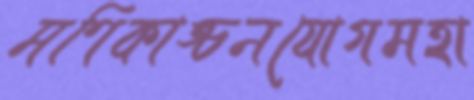
মণিকাঙ্চনযোগমহা